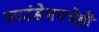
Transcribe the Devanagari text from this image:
फाउंडेशनचेही